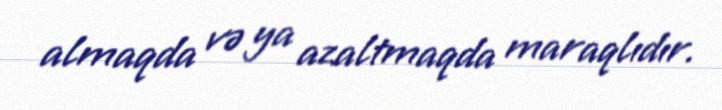
almaqda və ya azaltmaqda maraqlıdır.